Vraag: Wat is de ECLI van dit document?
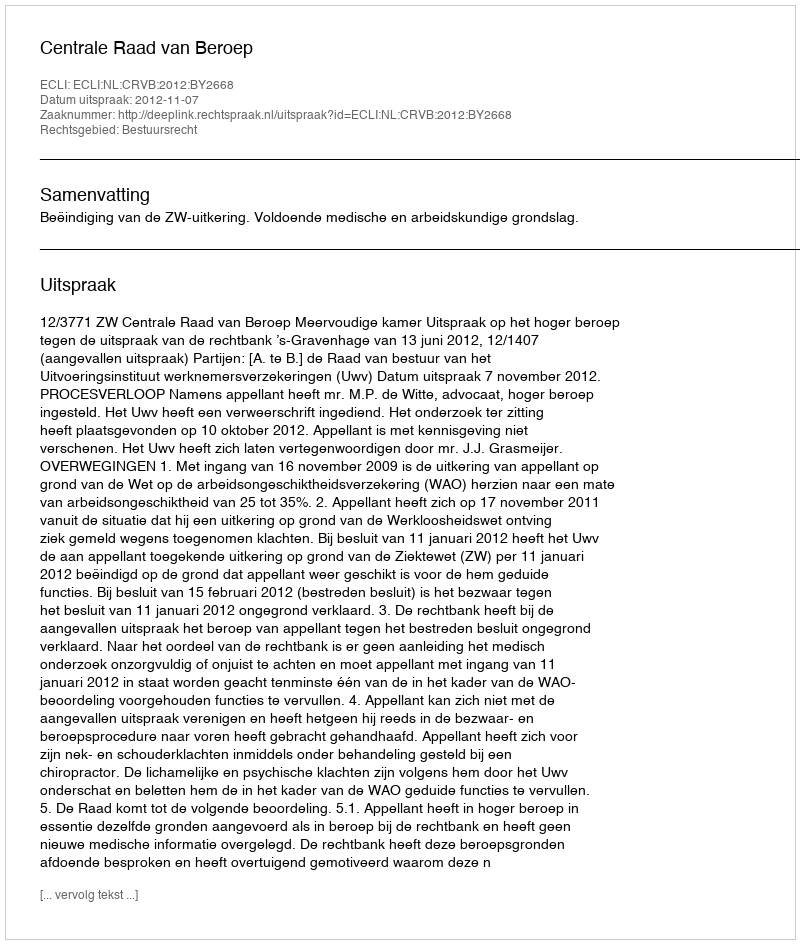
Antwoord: ECLI:NL:CRVB:2012:BY2668